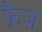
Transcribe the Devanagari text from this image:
फ्रैंज़